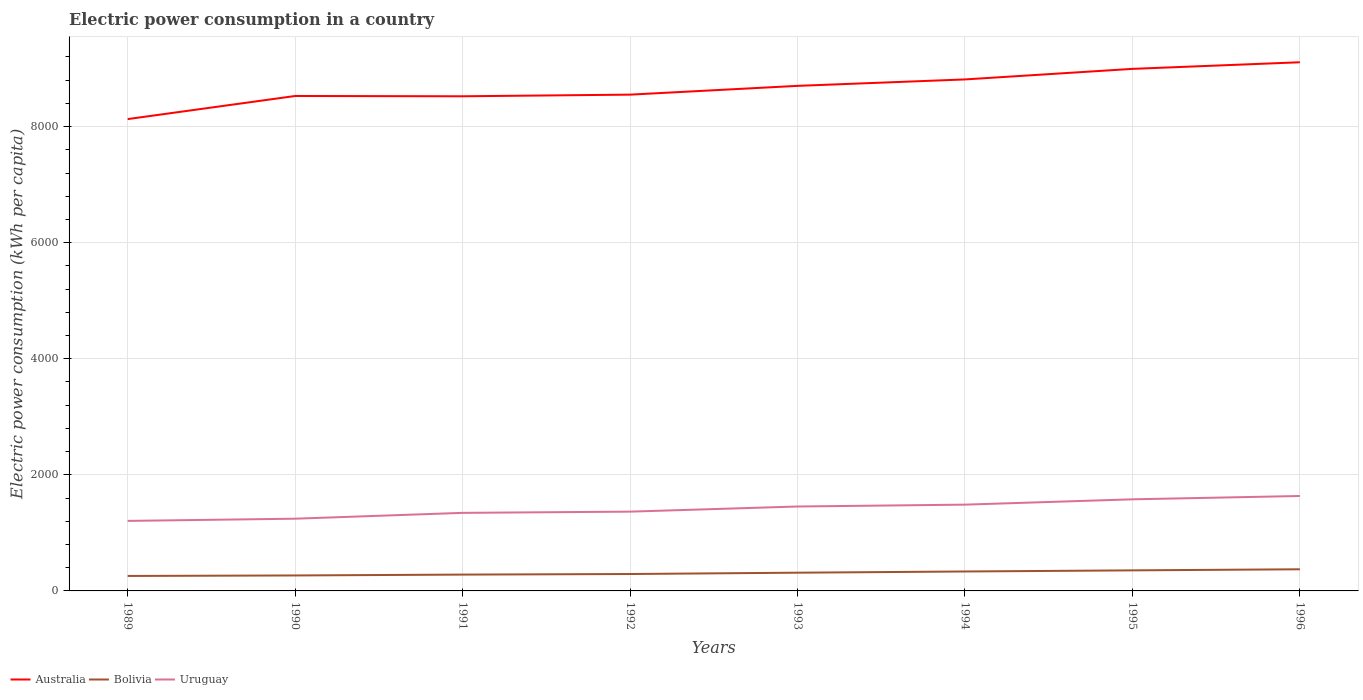
| Years | Australia | Bolivia | Uruguay |
 | --- | --- | --- | --- |
 | 1989 | 8.13e+03 | 258 | 1.21e+03 |
 | 1990 | 8.53e+03 | 266 | 1.24e+03 |
 | 1991 | 8.52e+03 | 281 | 1.34e+03 |
 | 1992 | 8.55e+03 | 291 | 1.37e+03 |
 | 1993 | 8.7e+03 | 314 | 1.45e+03 |
 | 1994 | 8.81e+03 | 335 | 1.49e+03 |
 | 1995 | 8.99e+03 | 354 | 1.58e+03 |
 | 1996 | 9.11e+03 | 373 | 1.64e+03 |